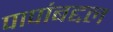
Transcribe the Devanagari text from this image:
पापांबद्दल